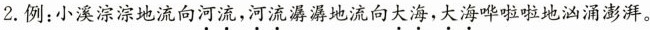
2.例：小溪淙淙地流向河流，河流潺潺地流向大海，大海哗啦啦地汹涌澎湃。